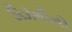
ડીઝનીનો